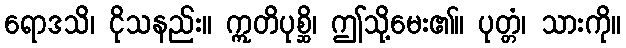
ရောဒသိ၊ ငိုသနည်း။ ဣတိပုစ္ဆိ၊ ဤသို့မေး၏။ ပုတ္တံ၊ သားကို။